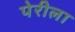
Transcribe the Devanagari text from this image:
पेरीला